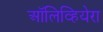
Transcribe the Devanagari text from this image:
ऑलिव्हियेरा